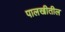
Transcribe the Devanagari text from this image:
पालखीतील